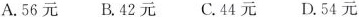
A.56元 B.42元 C.44元 D.54元